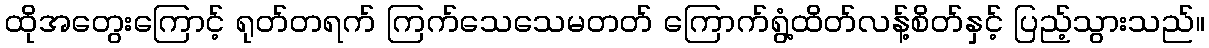
ထိုအတွေးကြောင့် ရုတ်တရက် ကြက်သေသေမတတ် ကြောက်ရွံ့ထိတ်လန့်စိတ်နှင့် ပြည့်သွားသည်။